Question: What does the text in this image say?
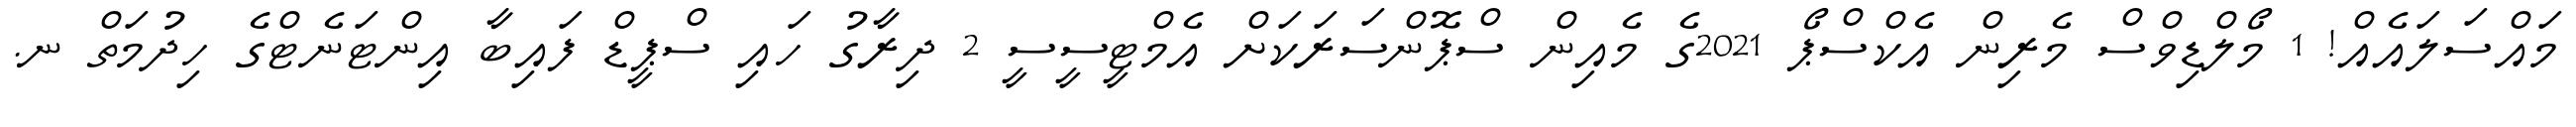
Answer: މައްސަލައެއް! 1 މޯލްޑިވްސް މެރިން އެކްސްޕޯ 2021ގެ މެއިން ސްޕޮންސަރަކަށް އެމްޓީސީސީ 2 ދިރާގު ހައި ސްޕީޑް ފައިބާ އިންޓަނެޓްގެ ހިދުމަތް ނ.